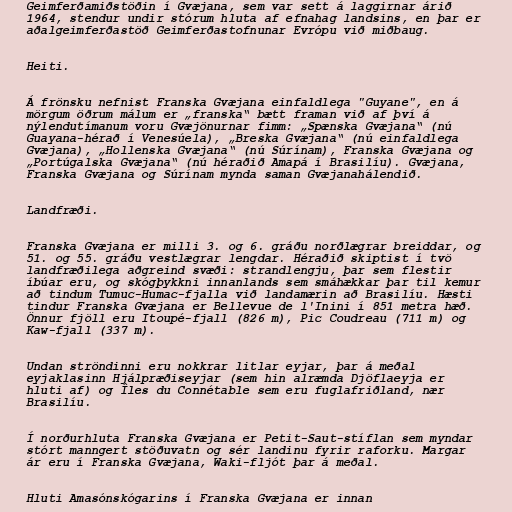
Geimferðamiðstöðin í Gvæjana, sem var sett á laggirnar árið
1964, stendur undir stórum hluta af efnahag landsins, en þar er
aðalgeimferðastöð Geimferðastofnunar Evrópu við miðbaug.

Heiti.

Á frönsku nefnist Franska Gvæjana einfaldlega "Guyane", en á
mörgum öðrum málum er „franska“ bætt framan við af því á
nýlendutímanum voru Gvæjönurnar fimm: „Spænska Gvæjana“ (nú
Guayana-hérað í Venesúela), „Breska Gvæjana“ (nú einfaldlega
Gvæjana), „Hollenska Gvæjana“ (nú Súrínam), Franska Gvæjana og
„Portúgalska Gvæjana“ (nú héraðið Amapá í Brasilíu). Gvæjana,
Franska Gvæjana og Súrínam mynda saman Gvæjanahálendið.

Landfræði.

Franska Gvæjana er milli 3. og 6. gráðu norðlægrar breiddar, og
51. og 55. gráðu vestlægrar lengdar. Héraðið skiptist í tvö
landfræðilega aðgreind svæði: strandlengju, þar sem flestir
íbúar eru, og skógþykkni innanlands sem smáhækkar þar til kemur
að tindum Tumuc-Humac-fjalla við landamærin að Brasilíu. Hæsti
tindur Franska Gvæjana er Bellevue de l'Inini í 851 metra hæð.
Önnur fjöll eru Itoupé-fjall (826 m), Pic Coudreau (711 m) og
Kaw-fjall (337 m).

Undan ströndinni eru nokkrar litlar eyjar, þar á meðal
eyjaklasinn Hjálpræðiseyjar (sem hin alræmda Djöflaeyja er
hluti af) og Îles du Connétable sem eru fuglafriðland, nær
Brasilíu.

Í norðurhluta Franska Gvæjana er Petit-Saut-stíflan sem myndar
stórt manngert stöðuvatn og sér landinu fyrir raforku. Margar
ár eru í Franska Gvæjana, Waki-fljót þar á meðal.

Hluti Amasónskógarins í Franska Gvæjana er innan